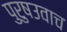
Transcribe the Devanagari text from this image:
पुरुषउवाच